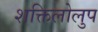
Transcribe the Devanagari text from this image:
शक्तिलोलुप